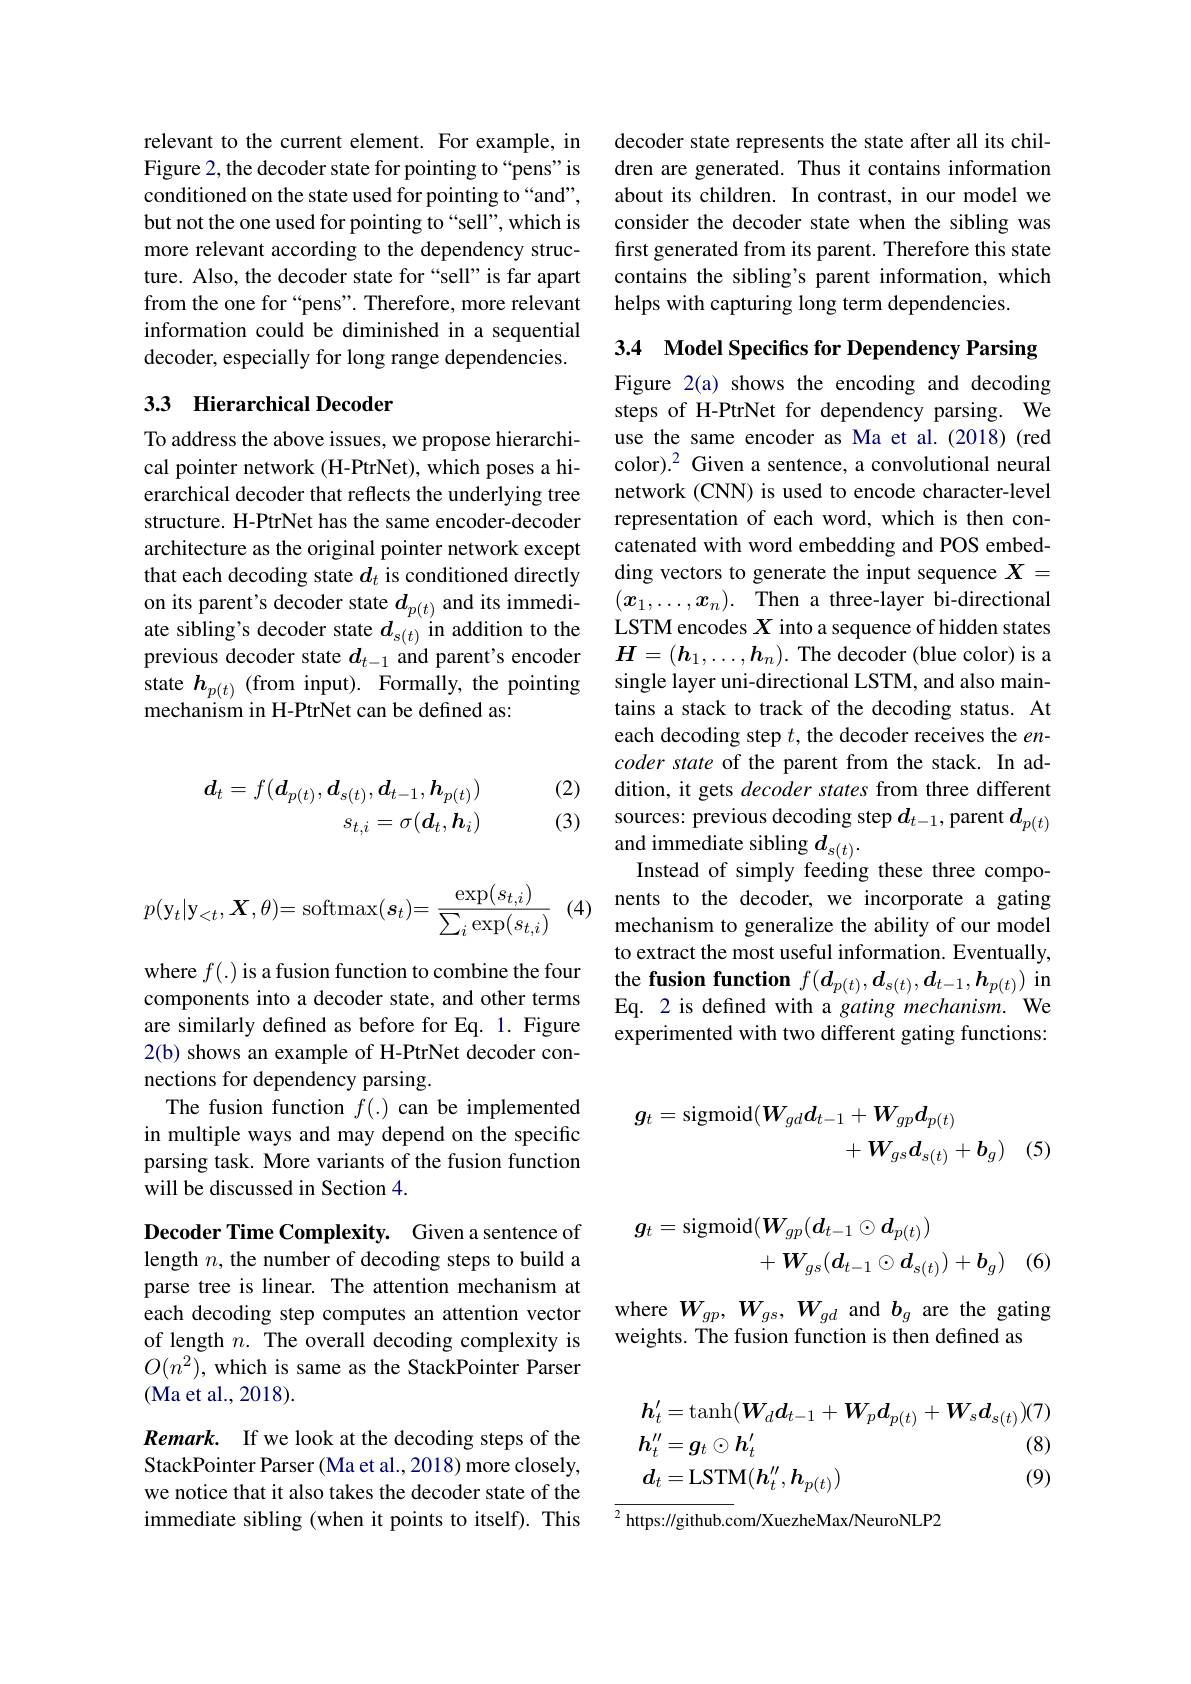
$$\boldsymbol{d}_{t}=f(\boldsymbol{d}_{p(t)},\boldsymbol{d}_{s(t)},\boldsymbol{d}_{t-1},\boldsymbol{h}_{p(t)})\\s_{t,i}=\sigma(\boldsymbol{d}_{t},\boldsymbol{h}_{i})$$
relevant to the current element. For example, in Figure 2, the decoder state for pointing to“pens”is conditioned on the state used for pointing to “and”, but not the one used for pointing to “sell”, which is more relevant according to the dependency structure. Also, the decoder state for“sell”is far apart from the one for “pens”. Therefore, more relevant information could be diminished in a sequential decoder, especially for long range dependencies.

## 33 Hierarchical Decoder

To address the above issues, we propose hierarchical pointer network (H-PtrNet), which poses a hierarchical decoder that reflects the underlying tree structure. H-PtrNet has the same encoder-decoder architecture as the original pointer network except that each decoding state $d_t$ is conditioned directly on its parent's decoder state $d_{p(t)}$ and its immediate sibling's decoder state $d_{s(t)}$ in addition to the previous decoder state $d_{t-1}$ and parent's encoder state $h_{p(t)}$ (from input). Formally, the pointing mechanism in H-PtrNet can be defined as:

(2)

(3)

decoder state represents the state after all its children are generated. Thus it contains information about its children. In contrast, in our model we consider the decoder state when the sibling was first generated from its parent. Therefore this state contains the sibling's parent information, which helps with capturing long term dependencies.

3.4 Model Specifics for Dependency Parsing Figure 2(a) shows the encoding and decoding steps of H-PtrNet for dependency parsing. We use the same encoder as Ma et al.(2018) (red color).$^2$ Given a sentence, a convolutional neural network (CNN) is used to encode character-level representation of each word, which is then concatenated with word embedding and POS embedding vectors to generate the input sequence $X=$ $(x_1,\ldots,x_n).$ Then a three-layer bi-directional LSTM encodes $X$ into a sequence of hidden states $\boldsymbol{H}=(\boldsymbol{h}_1,\ldots,\boldsymbol{h}_n).$ The decoder (blue color) is a single layer uni-directional LSTM, and also maintains a stack to track of the decoding status. At each decoding step $t$, the decoder receives the $en-$ coder state of the parent from the stack. In addition, it gets decoder states from three different sources: previous decoding step $d_{t-1}$, parent $d_{p(t)}$ and immediate sibling $d_{s(t)}.$
Instead of simply feeding these three compo-
(4) nents to the decoder, we incorporate a gating
mechanism to generalize the ability of our model to extract the most useful information. Eventually, the fusion function $f(d_{p(t)},d_{s(t)},d_{t-1},\boldsymbol{h}_{p(t)})$ in Eq. 2 is defined with a gating mechanism. We experimented with two different gating functions:
$$\begin{aligned}\boldsymbol{g}_{t}&=\mathrm{sigmoid}(\boldsymbol{W}_{gd}\boldsymbol{d}_{t-1}+\boldsymbol{W}_{gp}\boldsymbol{d}_{p(t)}\\&+\boldsymbol{W}_{gs}\boldsymbol{d}_{s(t)}+\boldsymbol{b}_{g})\end{aligned}$$
(5
$$\begin{aligned}\boldsymbol{g}_{t}&=\mathrm{sigmoid}(\boldsymbol{W}_{gp}(\boldsymbol{d}_{t-1}\odot\boldsymbol{d}_{p(t)})\\&+W_{gs}(\boldsymbol{d}_{t-1}\odot\boldsymbol{d}_{s(t)})+\boldsymbol{b}_{g})\end{aligned}$$
where $W_{gp},W_{gs},W_{gd}$ and $b_g$ are the gating
weights. The fusion function is then defined as
$$\boldsymbol{h}_{t}^{\prime}=\mathrm{tanh}(\boldsymbol{W}_{d}\boldsymbol{d}_{t-1}+\boldsymbol{W}_{p}\boldsymbol{d}_{p(t)}+\boldsymbol{W}_{s}\boldsymbol{d}_{s(t)})(7)\\\boldsymbol{h}_{t}^{\prime\prime}=\boldsymbol{g}_{t}\odot\boldsymbol{h}_{t}^{\prime}\text{(8)}\\\boldsymbol{d}_{t}=\mathrm{LSTM}(\boldsymbol{h}_{t}^{\prime\prime},\boldsymbol{h}_{p(t)})\text{(9)}$$
${\overline{{^2}\text{ https://github.c}}}$om/XuezheMax/NeuroNLP2
$$p(\mathbf{y}_t|\mathbf{y}_{<t},\boldsymbol{X},\theta)=\mathrm{softmax}(\boldsymbol{s}_t)=\frac{\exp(s_{t,i})}{\sum_i\exp(s_{t,i})}$$
where $f(.)$ is a fusion function to combine the four components into a decoder state, and other terms are similarly defined as before for Eq. 1. Figure 2(b) shows an example of H-PtrNet decoder connections for dependency parsing.
The fusion function $f(.)$ can be implemented in multiple ways and may depend on the specific parsing task. More variants of the fusion function will be discussed in Section 4.

Decoder Time Complexity. Given a sentence of length $n$, the number of decoding steps to build a parse tree is linear. The attention mechanism at each decoding step computes an attention vector of length $n.$ The overall decoding complexity is $O(n^2)$, which is same as the StackPointer Parser (Ma et al., 2018).

Remark. If we look at the decoding steps of the StackPointer Parser (Ma et al., 2018) more closely, we notice that it also takes the decoder state of the immediate sibling (when it points to itself). This